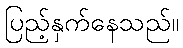
ပြည့်နှက်နေသည်။